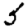
Digit: 5